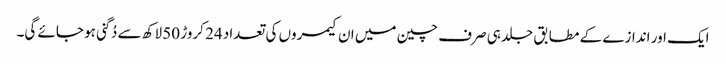
ایک اور اندازے کے مطابق جلد ہی صرف چین میں ان کیمروں کی تعداد 24 کروڑ 50 لاکھ سے دُگنی ہو جائے گی۔